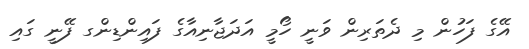
އޭގެ ފަހުން މި ދެތަރިން ވަނީ ހޯމީ އަދަޖާނިއާގެ ފައިންޑިންގ ފޭނީ ގައި